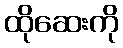
ထိုဆေးကို